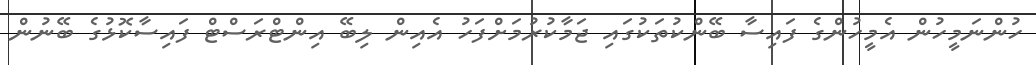
ހުންނަމީހުން އެމީހުންގެ ފައިސާ ބޭންކުތަކުގައި ޖަމާކުރުމަށްފަހު އެއިން ލިބޭ އިންޓްރަސްޓް ފައިސާކޮޅުގެ ބޭނުން